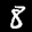
Label: 8